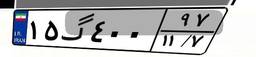
۱۵گ۴۰۰۹۷